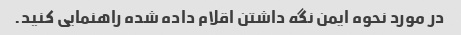
در مورد نحوه ایمن نگه داشتن اقلام داده شده راهنمایی کنید.